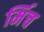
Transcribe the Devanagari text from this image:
र्मिच